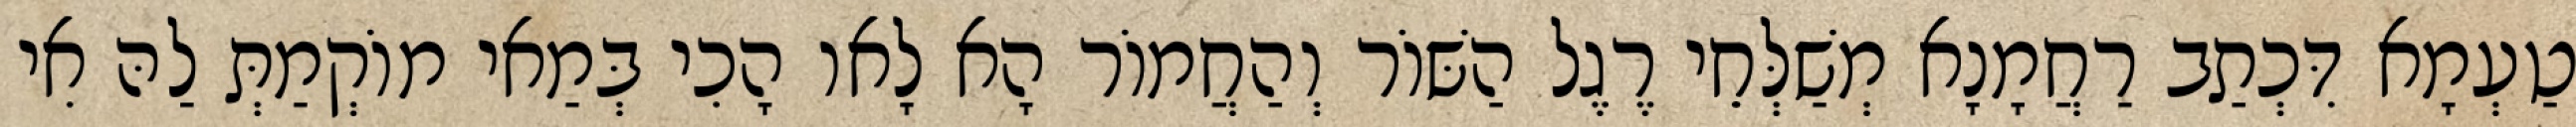
טַעְמָא דִּכְתַב רַחֲמָנָא מְשַׁלְּחֵי רֶגֶל הַשּׁוֹר וְהַחֲמוֹר הָא לָאו הָכִי בְּמַאי מוֹקְמַתְּ לַהּ אִי